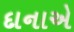
દાનાએ